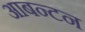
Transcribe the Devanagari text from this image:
आबन्टन